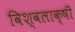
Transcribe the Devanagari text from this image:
विश्वलाक्षी